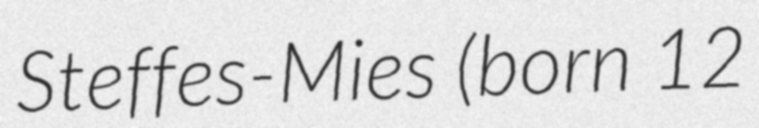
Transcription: Steffes-Mies (born 12